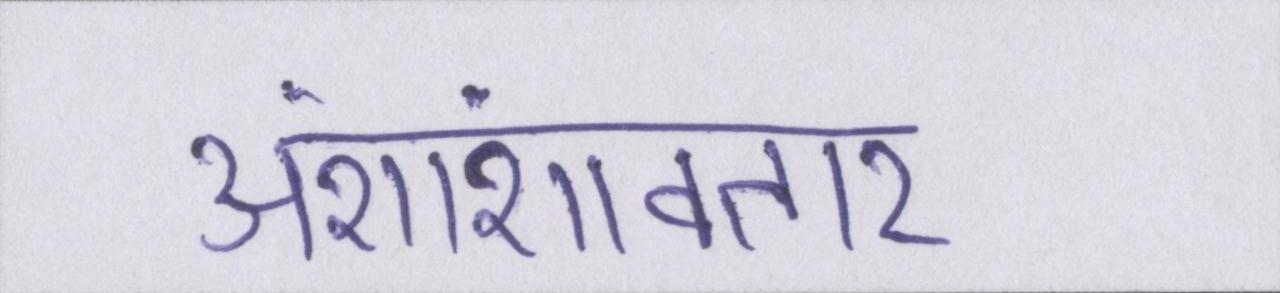
अंशांशावतार